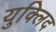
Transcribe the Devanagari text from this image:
युक्लिद